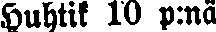
Huhtik 10 p:nä.